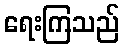
ရေးကြသည်